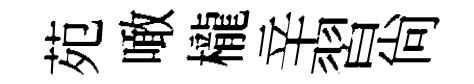
苑噉櫳辛習尚